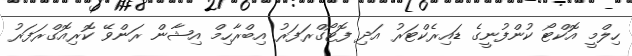
ހިލްމީ އޮކްޓޯ ކުންފުނީގެ ޑައިރެކްޓަރު އަދި ފޮޓޯގްރަފަރު އިބްރާހިމް އިޝާން ރަންވޭ ކޮރިއޮގްރަފަރު